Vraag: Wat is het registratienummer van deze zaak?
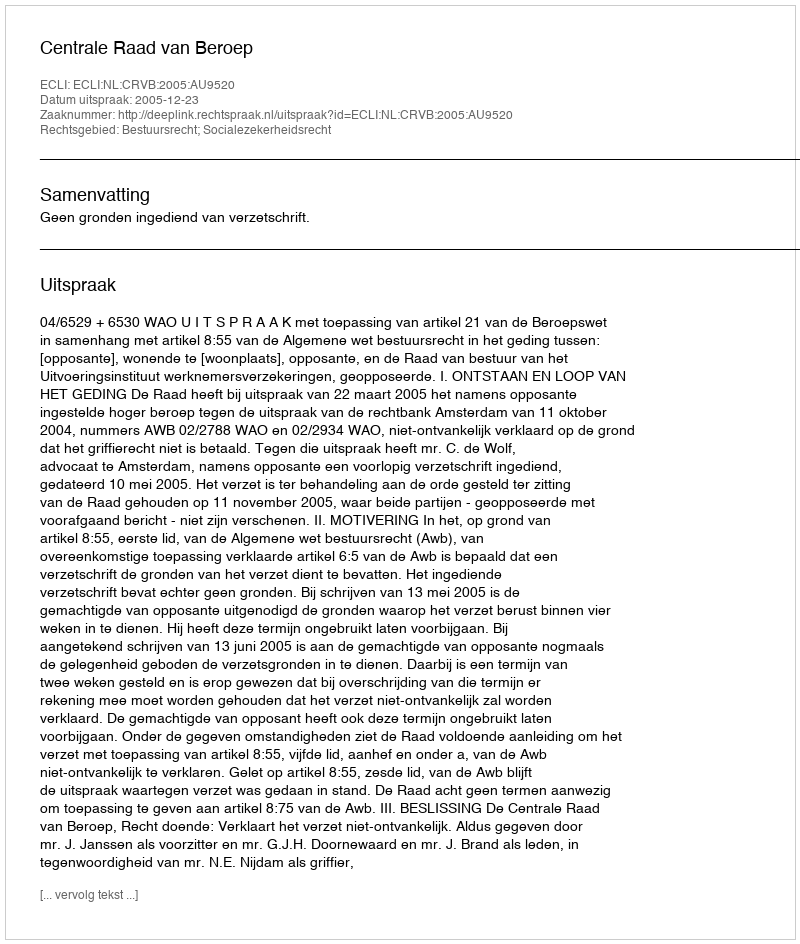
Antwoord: http://deeplink.rechtspraak.nl/uitspraak?id=ECLI:NL:CRVB:2005:AU9520